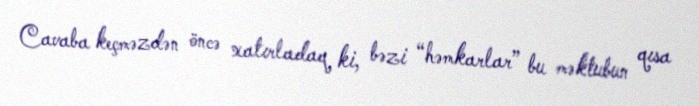
Cavaba keçməzdən öncə xatırladaq ki, bəzi “həmkarlar” bu məktubun qısa